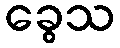
ခွေသ